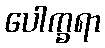
ပေါက္ခရာ